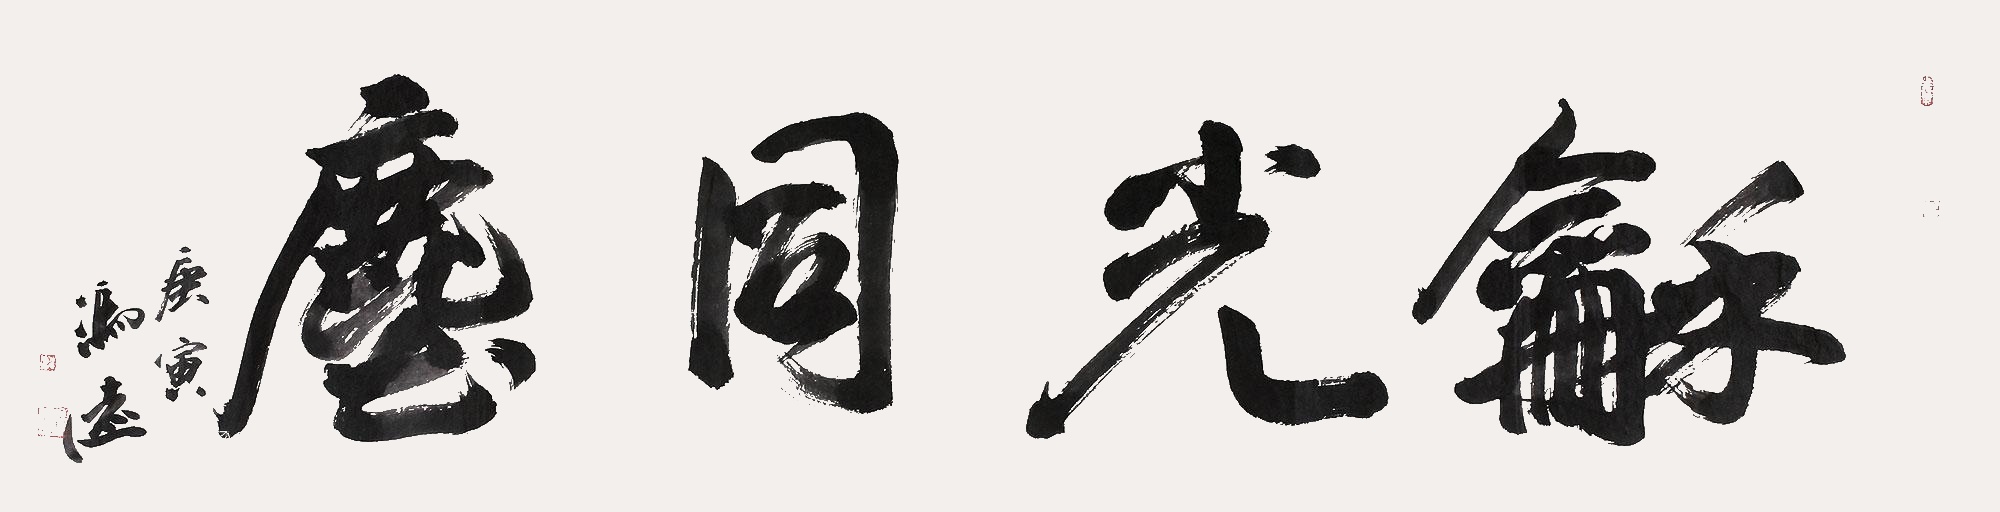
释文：和光同尘庚寅冯远。